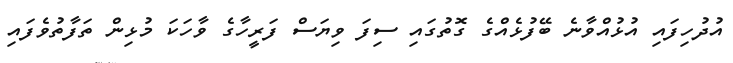
އުދުހިފައި އުޅުއްވާނެ ބޭފުޅެއްގެ ގޮތުގައި ސިފަ ވިޔަސް ފަރީހާގެ ވާހަކަ މުޅިން ތަފާތުވެފައި